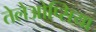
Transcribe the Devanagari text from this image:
तेलेओप्सिया